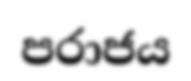
පරාජය